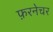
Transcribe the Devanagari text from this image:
फ़रनेचर